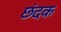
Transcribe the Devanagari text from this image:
छंदक